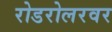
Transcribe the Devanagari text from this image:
रोडरोलरवर